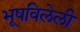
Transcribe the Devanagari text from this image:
भूषविलेली